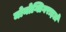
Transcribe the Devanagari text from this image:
मोनोग्लिगराइडों